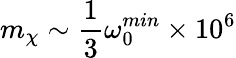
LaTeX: m_{\chi}\sim\frac{1}{3}\omega_{0}^{min}\times 10^{6}